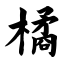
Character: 橘